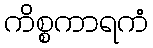
ကိစ္စကာရကံ